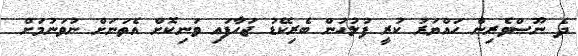
ދެ ނޫސްވެރިން ހައްޔަރު ކުރީ ފުލުހުން ބެރިކޭޑު ޖަހާފައި ވަނިކޮށް އެތަނަށް ނުވަނުމަށް